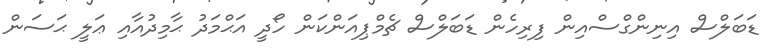
ޑަބަލްސް އިނިންގްސްއިން ފިރިހެން ޑަބަލްސް ޗެމްޕިއަންކަން ހޯދީ އަޙްމަދު ޙާމިދުއާއި ޢަލީ ޙަސަން